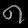
Digit: ၈